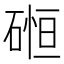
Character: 𮀲